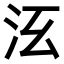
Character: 𣲑